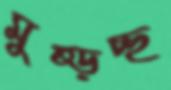
মুষ্‌ড়চ্ছ